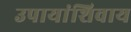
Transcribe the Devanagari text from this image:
उपायांशिवाय